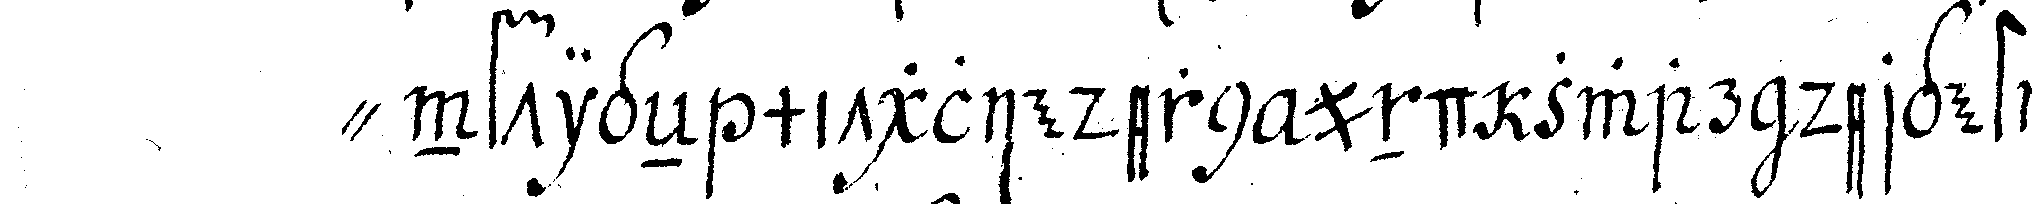
" nftigeN mitgliedern und zwar dergestalt